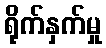
ရိုက်နှက်မှု